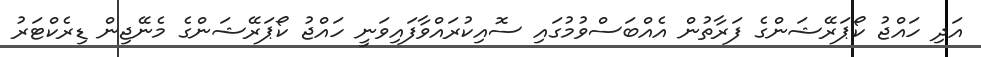
އަދި ހައްޖު ކޯޕަރޭޝަންގެ ފަރާތުން އެއްބަސްވުމުގައި ސޮއިކުރައްވާފައިވަނީ ހައްޖު ކޯޕަރޭޝަންގެ މެނޭޖިން ޑިރެކްޓަރު